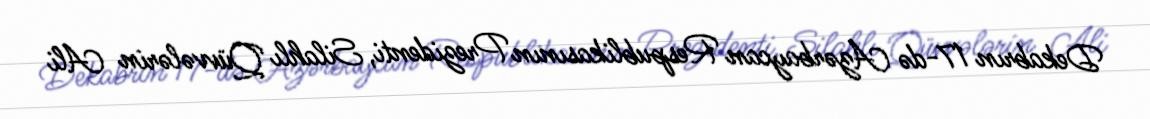
Dekabrın 17-də Azərbaycan Respublikasının Prezidenti, Silahlı Qüvvələrin Ali